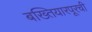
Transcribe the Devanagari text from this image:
बख्तियारपूरची